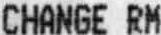
CHANGE RM